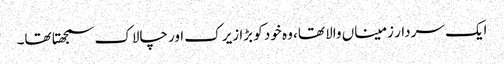
ایک سردار زمیناں والا تھا، وہ خود کو بڑا زیرک اور چالاک سمجھتا تھا۔